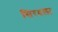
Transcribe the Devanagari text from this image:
सिरदला